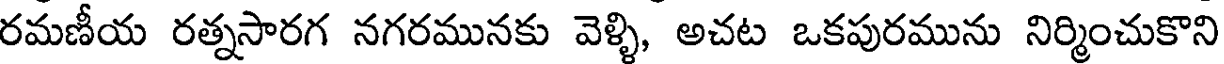
రమణీయ రత్నసారగ నగరమునకు వెళ్ళి, అచట ఒకపురమును నిర్మించుకొని